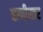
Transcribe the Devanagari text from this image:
कणीस्तर